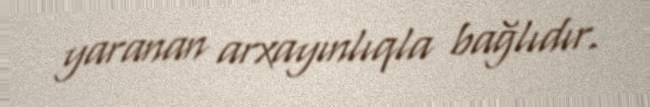
yaranan arxayınlıqla bağlıdır.